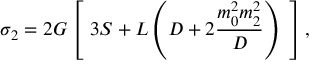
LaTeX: \sigma _ { 2 } = 2 G \left[ ~ 3 S + L \left( D + 2 { \frac { m _ { 0 } ^ { 2 } m _ { 2 } ^ { 2 } } { D } } \right) ~ \right] ,